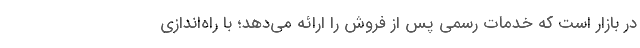
در بازار است که خدمات رسمی پس از فروش را ارائه می‌دهد؛ با راه‌اندازی